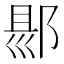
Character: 𨜇